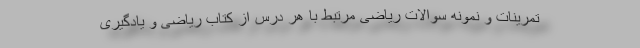
تمرینات و نمونه سوالات ریاضی مرتبط با هر درس از کتاب ریاضی و یادگیری